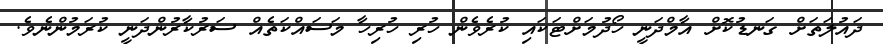
ދައުލަތަށް ގަނޑުކޮށް އާމްދަނީ ހޯދުމަށްޓަކައި ކުރެވެން ހުރި ހުރިހާ މަސައްކަތެއް ސަރުކާރުންދަނީ ކުރަމުންނެވެ.